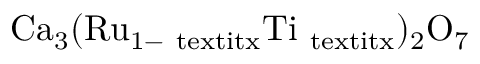
\mathrm { { C a } _ { 3 } ( \mathrm { { R u } _ { 1 - \ t e x t i t { x } } \mathrm { { T i } _ { \ t e x t i t { x } } ) _ { 2 } \mathrm { { O } _ { 7 } } } } }